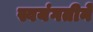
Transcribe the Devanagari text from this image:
स्वयंगतीने